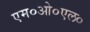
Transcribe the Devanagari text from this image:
एम०ओ०एल०